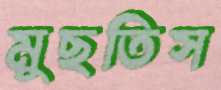
মুছতিস